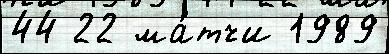
44 22 ма́тчи 1989